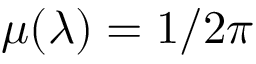
\mu ( \lambda ) = 1 / 2 \pi